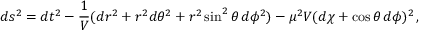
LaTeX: d s ^ { 2 } = d t ^ { 2 } - \frac { 1 } { V } ( d r ^ { 2 } + r ^ { 2 } d \theta ^ { 2 } + r ^ { 2 } \sin ^ { 2 } \theta \, d \phi ^ { 2 } ) - \mu ^ { 2 } V ( d \chi + \cos \theta \, d \phi ) ^ { 2 } \, ,